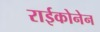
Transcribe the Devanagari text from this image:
राईकोनेन